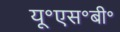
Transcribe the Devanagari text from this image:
यू॰एस॰बी॰